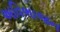
અવિભાજન